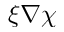
\xi \nabla \chi